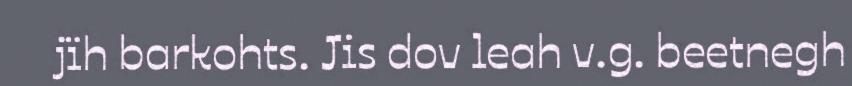
jïh barkohts. Jis dov leah v.g. beetnegh